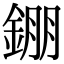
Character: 錋